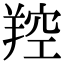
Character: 羫